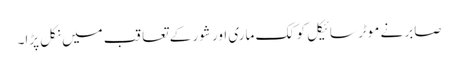
صابر نے موٹر سائیکل کو کک ماری اور شور کے تعاقب میں نکل پڑا۔